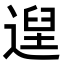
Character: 𮞴